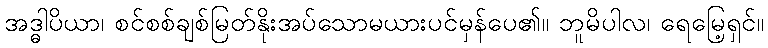
အဒ္ဓါပိယာ၊ စင်စစ်ချစ်မြတ်နိုးအပ်သောမယားပင်မှန်ပေ၏။ ဘူမိပါလ၊ ရေမြေ့ရှင်။